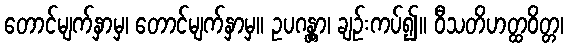
တောင်မျက်နှာမှ၊ တောင်မျက်နှာမှ။ ဥပဂန္တွာ၊ ချဉ်းကပ်၍။ ဝီသတိဟတ္ထဝိတ္တ၊